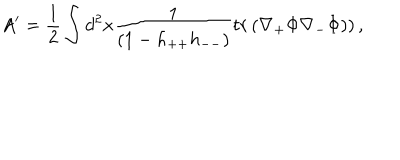
A ^ { \prime } = \frac { 1 } { 2 } \int d ^ { 2 } x \frac { 1 } { ( 1 - h _ { + + } h _ { -- } ) } t r \left( \nabla _ { + } \Phi \nabla _ { - } \Phi ) \right) ,